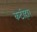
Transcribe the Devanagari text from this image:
कटीहार